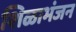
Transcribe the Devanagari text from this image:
शिळाभंजन